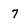
Character: 7